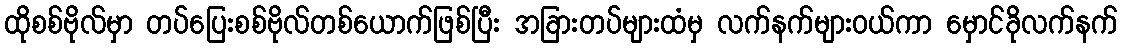
ထိုစစ်ဗိုလ်မှာ တပ်ပြေးစစ်ဗိုလ်တစ်ယောက်ဖြစ်ပြီး အခြားတပ်များထံမှ လက်နက်များဝယ်ကာ မှောင်ခိုလက်နက်